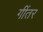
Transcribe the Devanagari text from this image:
गींतर